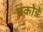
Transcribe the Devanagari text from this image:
पकोडे